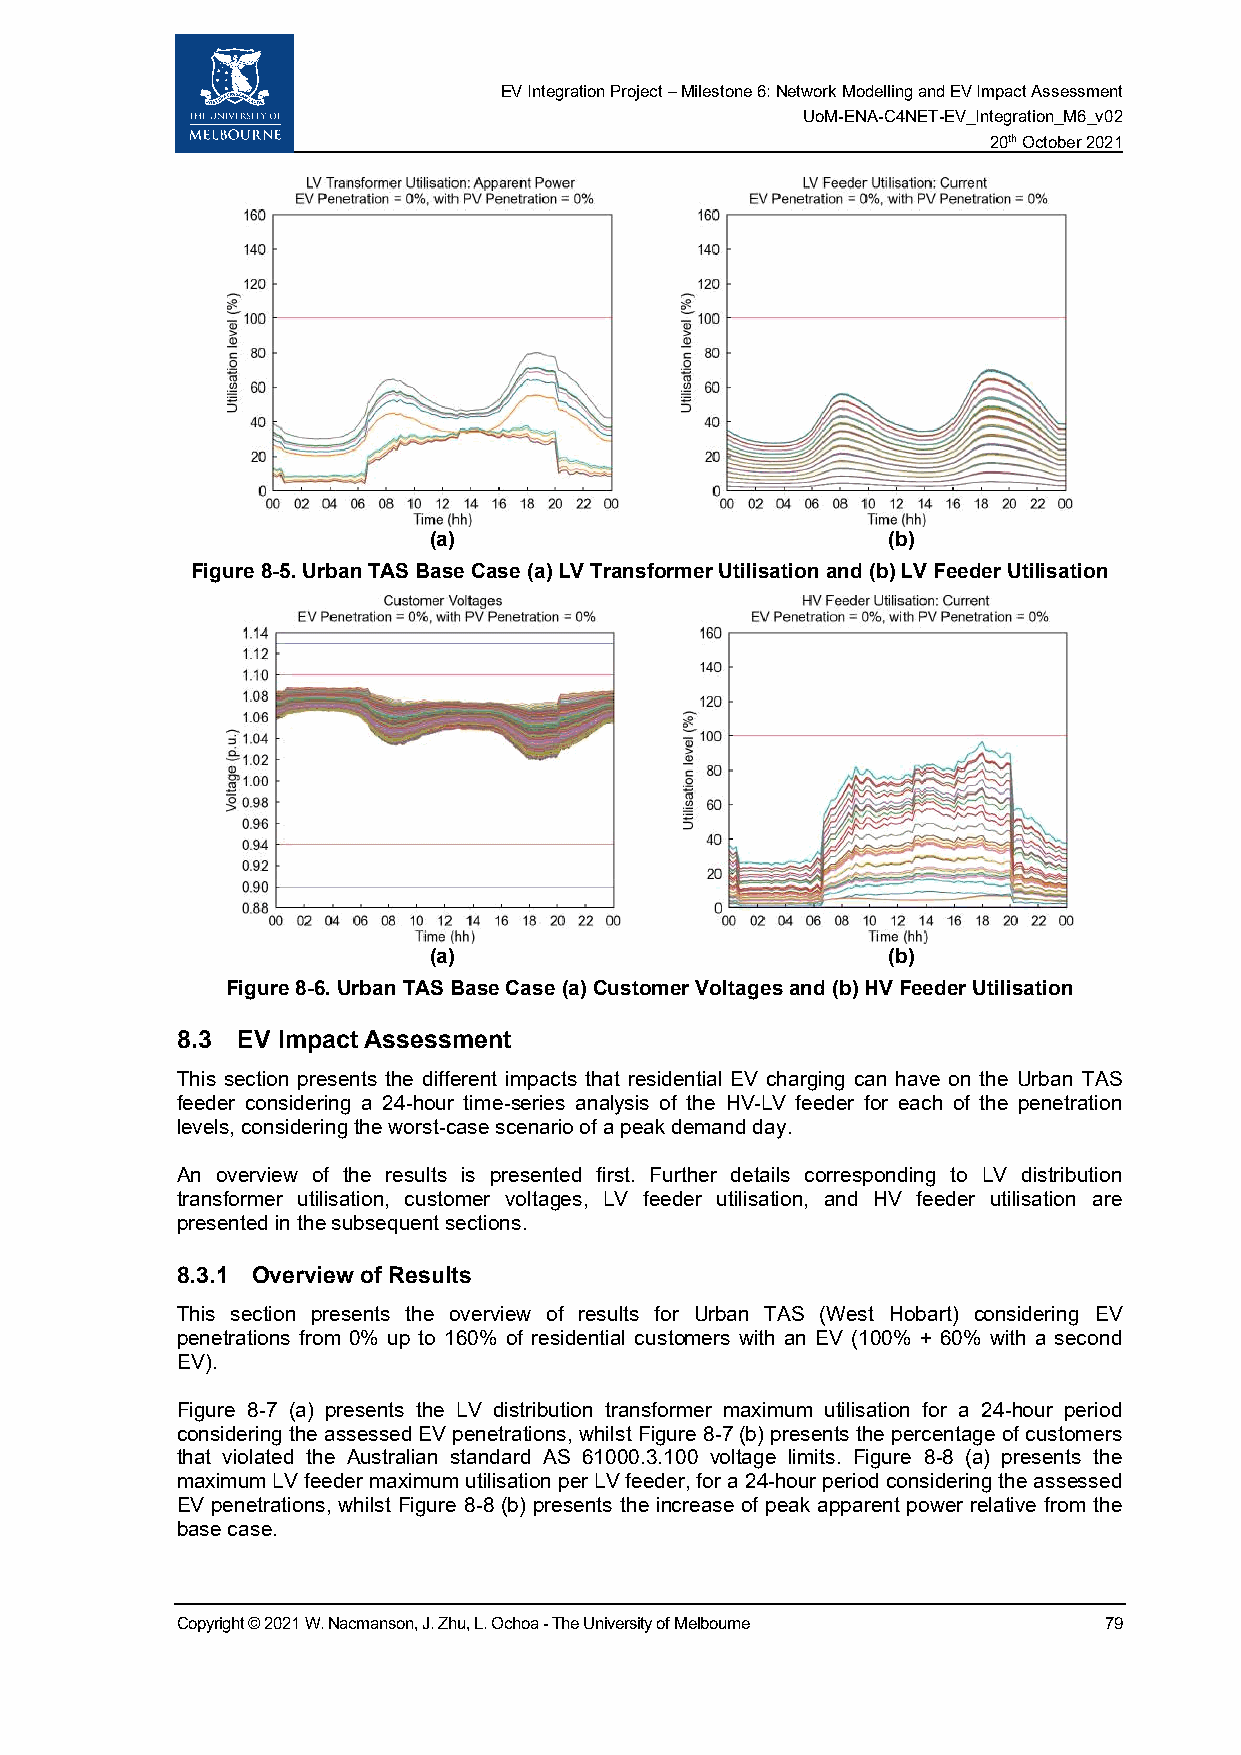
EV Integration Project – Milestone 6: Network Modelling and EV Impact Assessment
 UoM-ENA-C4NET-EV_Integration_M6_v02
 20th October 2021
 (a)                            (b)
 Figure 8-5. Urban TAS Base Case (a) LV Transformer Utilisation and (b) LV Feeder Utilisation
 (a)                            (b)
 Figure 8-6. Urban TAS Base Case (a) Customer Voltages and (b) HV Feeder Utilisation
 8.3 EV Impact Assessment
 This section presents the different impacts that residential EV charging can have on the Urban TAS
 feeder considering a 24-hour time-series analysis of the HV-LV feeder for each of the penetration
 levels, considering the worst-case scenario of a peak demand day.
 An overview of the results is presented first. Further details corresponding to LV distribution
 transformer utilisation, customer voltages, LV feeder utilisation, and HV feeder utilisation are
 presented in the subsequent sections.
 8.3.1 Overview of Results
 This section presents the overview of results for Urban TAS (West Hobart) considering EV
 penetrations from 0% up to 160% of residential customers with an EV (100% + 60% with a second
 EV).
 Figure 8-7 (a) presents the LV distribution transformer maximum utilisation for a 24-hour period
 considering the assessed EV penetrations, whilst Figure 8-7 (b) presents the percentage of customers
 that violated the Australian standard AS 61000.3.100 voltage limits. Figure 8-8 (a) presents the
 maximum LV feeder maximum utilisation per LV feeder, for a 24-hour period considering the assessed
 EV penetrations, whilst Figure 8-8 (b) presents the increase of peak apparent power relative from the
 base case.
 Copyright © 2021 W. Nacmanson, J. Zhu, L. Ochoa - The University of Melbourne 79